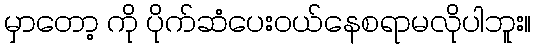
မှာတော့ ကို ပိုက်ဆံပေးဝယ်နေစရာမလိုပါဘူး။